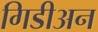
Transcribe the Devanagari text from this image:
गिडीअन